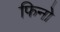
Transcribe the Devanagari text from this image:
फिनो